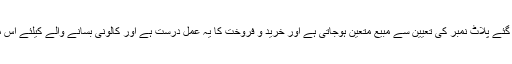
۹- کالونی بسانے کے لئے نقشہ میں دکھائے گئے پلاٹ نمبر کی تعیین سے مبیع متعین ہوجاتی ہے اور خرید و فروخت کا یہ عمل درست ہے اور کالونی بسانے والے کیلئے اس میں کسی طرح کا تغیر و تبدل جائز نہیں ہے۔